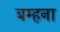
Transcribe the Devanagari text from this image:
बम्‍हना